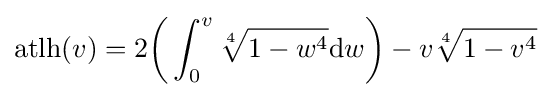
{\text{atlh}}(v)=2{\biggl (}\int _{0}^{v}{\sqrt[{4}]{1-w^{4}}}\mathrm {d} w{\biggr )}-v{\sqrt[{4}]{1-v^{4}}}